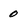
Character: 0